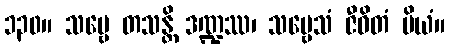
၁၃၀။ သဗ္ဗေ တသန္တိ ဒဏ္ဍဿ၊ သဗ္ဗေသံ ဇီဝိတံ ပိယံ။